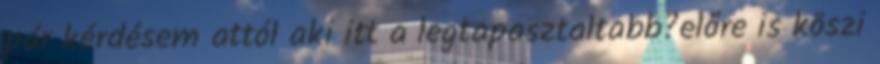
pár kérdésem attól aki itt a legtapasztaltabb?előre is köszi